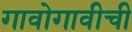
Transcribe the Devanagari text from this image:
गावोगावीची